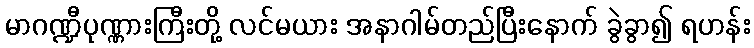
မာဂဏ္ဍီပုဏ္ဏားကြီးတို့ လင်မယား အနာဂါမ်တည်ပြီးနောက် ခွဲခွာ၍ ရဟန်း